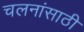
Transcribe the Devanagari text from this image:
चलनांसाठी